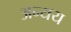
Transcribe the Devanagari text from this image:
अन्यय